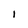
Character: I